Insane asylums in Bengal annual reports 1867-1875 - 1867-1875
Year: 1867
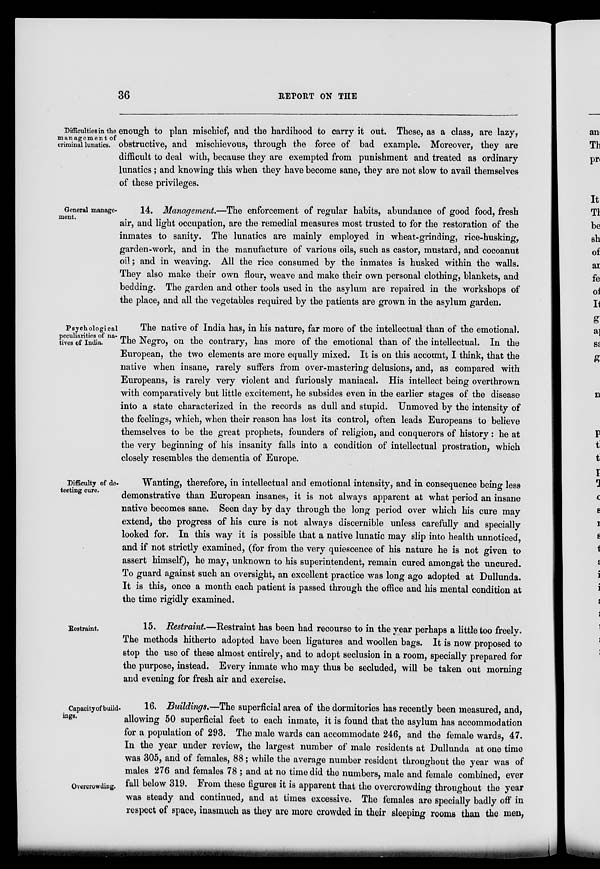
36
REPORT ON THE
Difficulties in the
management of
criminal lunatics.
enough to plan mischief, and the hardihood to carry it out. These, as a class, are lazy,
obstructive, and mischievous, through the force of bad example. Moreover, they are
difficult to deal with, because they are exempted from punishment and treated as ordinary
lunatics; and knowing this when they have become sane, they are not slow to avail themselves
of these privileges.
General manage-
ment.
14. Management.—The enforcement of regular habits, abundance of good food, fresh
air, and light occupation, are the remedial measures most trusted to for the restoration of the
inmates to sanity. The lunatics are mainly employed in wheat-grinding, rice-husking,
garden-work, and in the manufacture of various oils, such as castor, mustard, and cocoanut
oil; and in weaving. All the rice consumed by the inmates is husked within the walls.
They also make their own flour, weave and make their own personal clothing, blankets, and
bedding. The garden and other tools used in the asylum are repaired in the workshops of
the place, and all the vegetables required by the patients are grown in the asylum garden.
Psychological
peculiarities of na-
tives of India.
The native of India has, in his nature, far more of the intellectual than of the emotional.
The Negro, on the contrary, has more of the emotional than of the intellectual. In the
European, the two elements are more equally mixed. It is on this account, I think, that the
native when insane, rarely suffers from over-mastering delusions, and, as compared with
Europeans, is rarely very violent and furiously maniacal. His intellect being overthrown
with comparatively but little excitement, he subsides even in the earlier stages of the disease
into a state characterized in the records as dull and stupid. Unmoved by the intensity of
the feelings, which, when their reason has lost its control, often leads Europeans to believe
themselves to be the great prophets, founders of religion, and conquerors of history: he at
the very beginning of his insanity falls into a condition of intellectual prostration, which
closely resembles the dementia of Europe.
Difficulty of de-
tecting cure.
Wanting, therefore, in intellectual and emotional intensity, and in consequence being less
demonstrative than European insanes, it is not always apparent at what period an insane
native becomes sane. Seen day by day through the long period over which his cure may
extend, the progress of his cure is not always discernible unless carefully and specially
looked for. In this way it is possible that a native lunatic may slip into health unnoticed,
and if not strictly examined, (for from the very quiescence of his nature he is not given to
assert himself), he may, unknown to his superintendent, remain cured amongst the uncured.
To guard against such an oversight, an excellent practice was long ago adopted at Dullunda.
It is this, once a month each patient is passed through the office and his mental condition at
the time rigidly examined.
Restraint.
15. Restraint.—Restraint has been had recourse to in the year perhaps a little too freely.
The methods hitherto adopted have been ligatures and woollen bags. It is now proposed to
stop the use of these almost entirely, and to adopt seclusion in a room, specially prepared for
the purpose, instead. Every inmate who may thus be secluded, will be taken out morning
and evening for fresh air and exercise.
Capacity of build-
ings.
Overcrowding.
16. Buildings.—The superficial area of the dormitories has recently been measured, and,
allowing 50 superficial feet to each inmate, it is found that the asylum has accommodation
for a population of 293. The male wards can accommodate 246, and the female wards, 47.
In the year under review, the largest number of male residents at Dullunda at one time
was 305, and of females, 88; while the average number resident throughout the year was of
males 276 and females 78 ; and at no time did the numbers, male and female combined, ever
fall below 319. From these figures it is apparent that the overcrowding throughout the year
was steady and continued, and at times excessive. The females are specially badly off in
respect of space, inasmuch as they are more crowded in their sleeping rooms than the men,